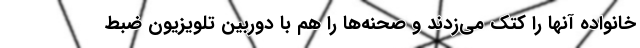
خانواده آنها را کتک می‌زدند و صحنه‌ها را هم با دوربین تلویزیون ضبط